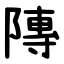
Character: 䧠